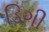
ડિગી